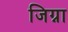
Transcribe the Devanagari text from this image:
जिग्ना